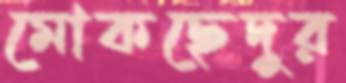
মোকছেদুর